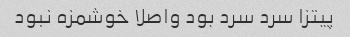
پیتزا سرد سرد بود واصلا خوشمزه نبود